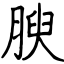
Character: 腴